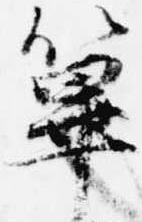
篳